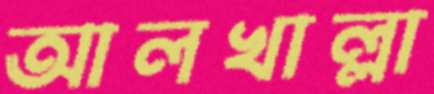
আলখাল্লা